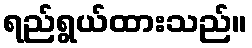
ရည်ရွယ်ထားသည်။